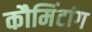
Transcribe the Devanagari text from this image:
कौमिंटांग